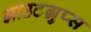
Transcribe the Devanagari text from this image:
आउटग्रुप्स